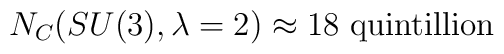
N_C(SU(3),\lambda=2)\approx 18 \ \textrm{quintillion}